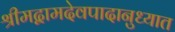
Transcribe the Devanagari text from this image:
श्रीमद्वामदेवपादानुध्यात